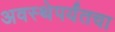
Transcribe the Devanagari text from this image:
अवस्थेपर्यंतचा